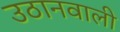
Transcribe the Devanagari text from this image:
उठानवाली